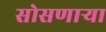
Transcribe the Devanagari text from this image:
सोसणाऱ्या